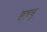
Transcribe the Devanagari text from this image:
हरदू